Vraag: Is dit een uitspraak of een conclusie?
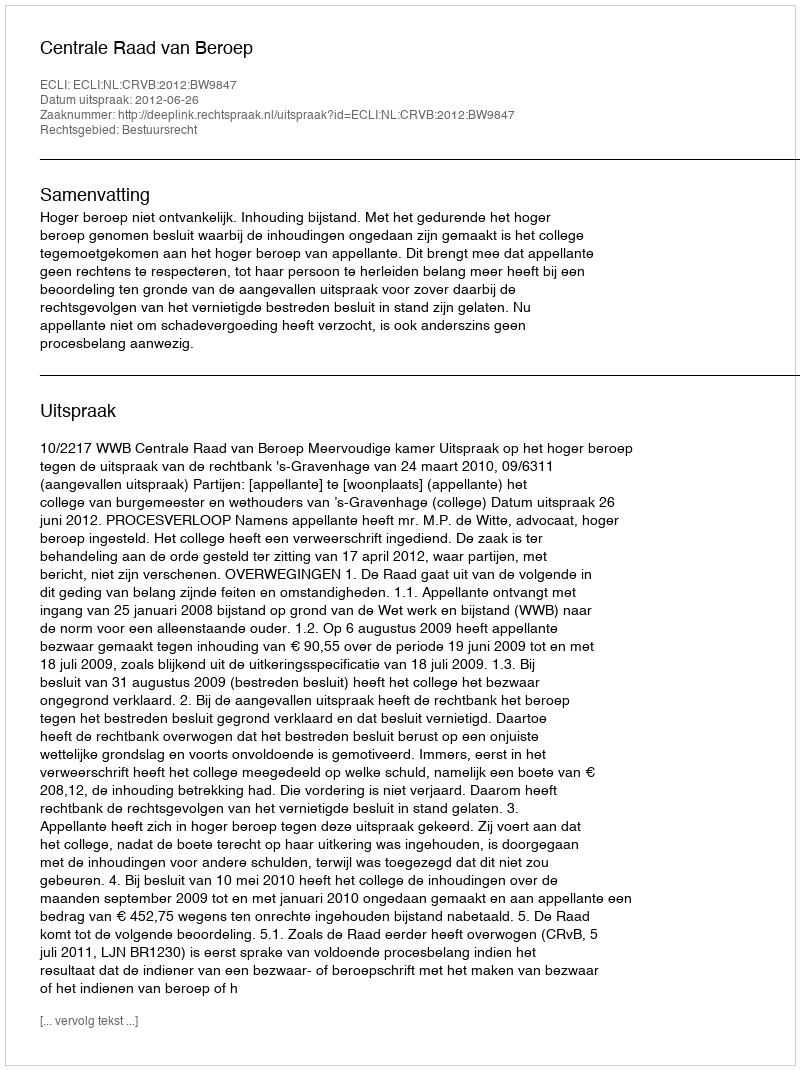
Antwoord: Uitspraak